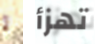
لم تهزأ